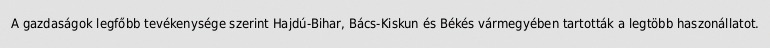
A gazdaságok legfőbb tevékenysége szerint Hajdú-Bihar, Bács-Kiskun és Békés vármegyében tartották a legtöbb haszonállatot.